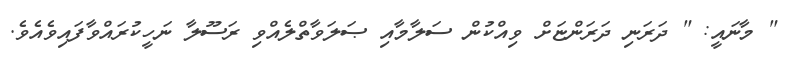
" މާނައީ: " ދަރަނި ދަރަންޏަށް ވިއްކުން ސަލާމާއި ޞަލަވާތްލެއްވި ރަސޫލާ ނަހީކުރައްވާފައިވެއެވެ.